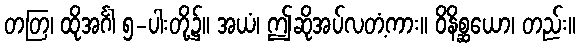
တတြ၊ ထိုအင်္ဂါ ၅-ပါးတို့၌။ အယံ၊ ဤဆိုအပ်လတံ့ကား။ ဝိနိစ္ဆယော၊ တည်း။